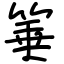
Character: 箠